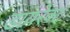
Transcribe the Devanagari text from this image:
डायरेक्‍ट